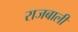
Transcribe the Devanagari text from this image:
राजबाली